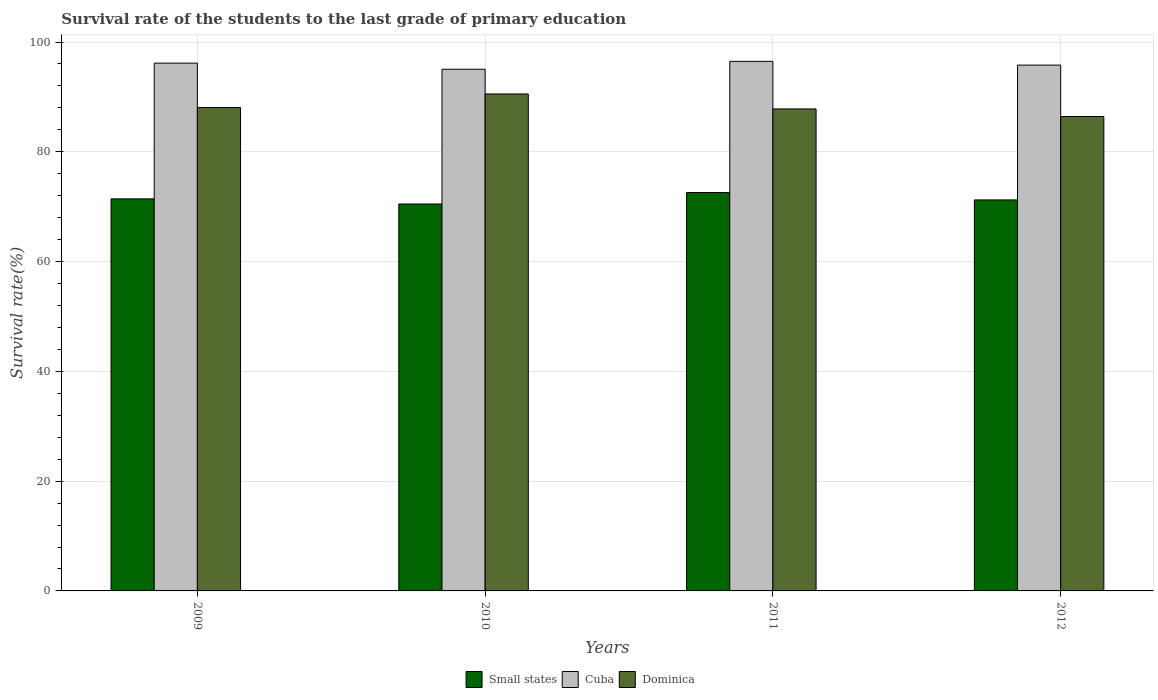
| Years | Small states | Cuba | Dominica |
 | --- | --- | --- | --- |
 | 2009 | 71.4 | 96.2 | 88.1 |
 | 2010 | 70.5 | 95 | 90.5 |
 | 2011 | 72.6 | 96.5 | 87.8 |
 | 2012 | 71.2 | 95.8 | 86.4 |